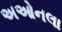
અઓનલા